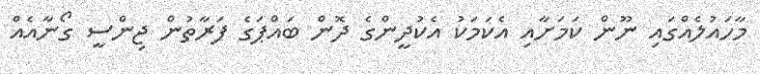
މާހައުލެއްގައި ނޫން ކަމަށާއި އެކަމަކު އެކުދީންގެ ދޮން ބައްޕަގެ ފަރާތުން ޖިންސީ ގޯނާއެއް